Report on the working of the mental hospitals for Indians in Bihar and Orissa - 1925-1929
Year: 1925
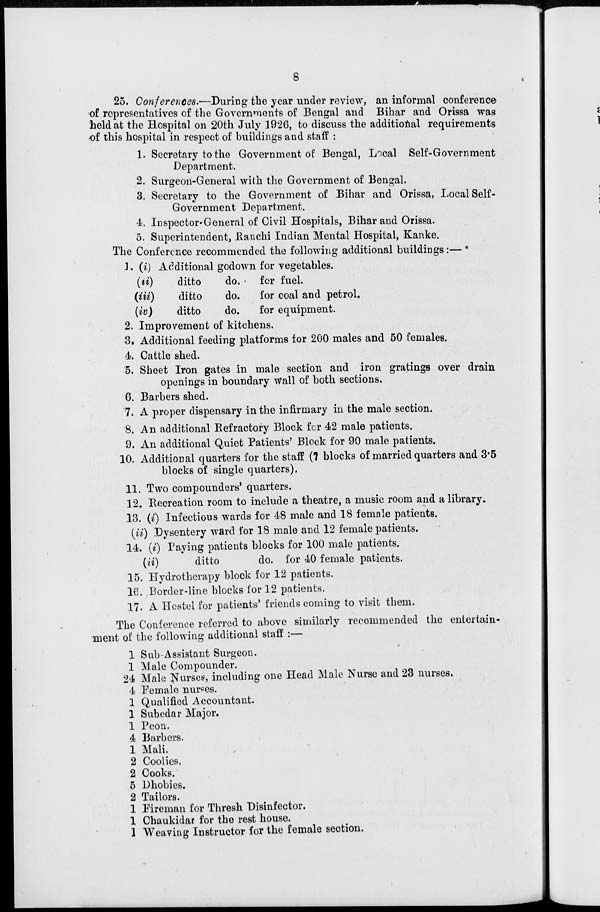
8
25. Conferences.—During the year under review, an informal conference
of representatives of the Governments of Bengal and Bihar and Orissa was
held at the Hospital on 20th July 1926, to discuss the additional requirements
of this hospital in respect of buildings and staff :
1. Secretary to the Government of Bengal, Local Self-Government
Department.
2. Surgeon-General with the Government of Bengal.
3. Secretary to the Government of Bihar and Orissa, Local Self-
Government Department.
4. Inspector-General of Civil Hospitals, Bihar and Orissa.
5. Superintendent, Ranchi Indian Mental Hospital, Kanke.
The Conference recommended the following additional buildings:—
1. (i) Additional godown for vegetables.
(ii)
ditto
do.
for fuel.
(iii)
ditto
do.
for coal and petrol.
(iv)
ditto
do.
for equipment.
2. Improvement of kitchens.
3. Additional feeding platforms for 200 males and 50 females.
4. Cattle shed.
5. Sheet Iron gates in male section and iron gratings over drain
openings in boundary wall of both sections.
6. Barbers shed.
7. A proper dispensary in the infirmary in the male section.
8. An additional Refractory Block for 42 male patients.
9. An additional Quiet Patients' Block for 90 male patients.
10. Additional quarters for the staff (7 blocks of married quarters and 3.5
blocks of single quarters).
11. Two compounders' quarters.
12. Recreation room to include a theatre, a music room and a library.
13. (i) Infectious wards for 48 male and 18 female patients.
(ii) Dysentery ward for 18 male and 12 female patients.
14. (i) Paying patients blocks for 100 male patients.
(ii)
ditto
do. for 40 female patients.
15. Hydrotherapy block for 12 patients.
16. Border-line blocks for 12 patients.
17. A Hostel for patients' friends coming to visit them.
The Conference referred to above similarly recommended the entertain-
ment of the following additional staff :—
1 Sub-Assistant Surgeon.
1 Male Compounder.
24 Male Nurses, including one Head Male Nurse and 23 nurses.
4 Female nurses.
1 Qualified Accountant.
1 Subedar Major.
1 Peon.
4 Barbers.
1 Mali.
2 Coolies.
2 Cooks.
5 Dhobies.
2 Tailors.
1 Fireman for Thresh Disinfector.
1 Chaukidar for the rest house.
1 Weaving Instructor for the female section.